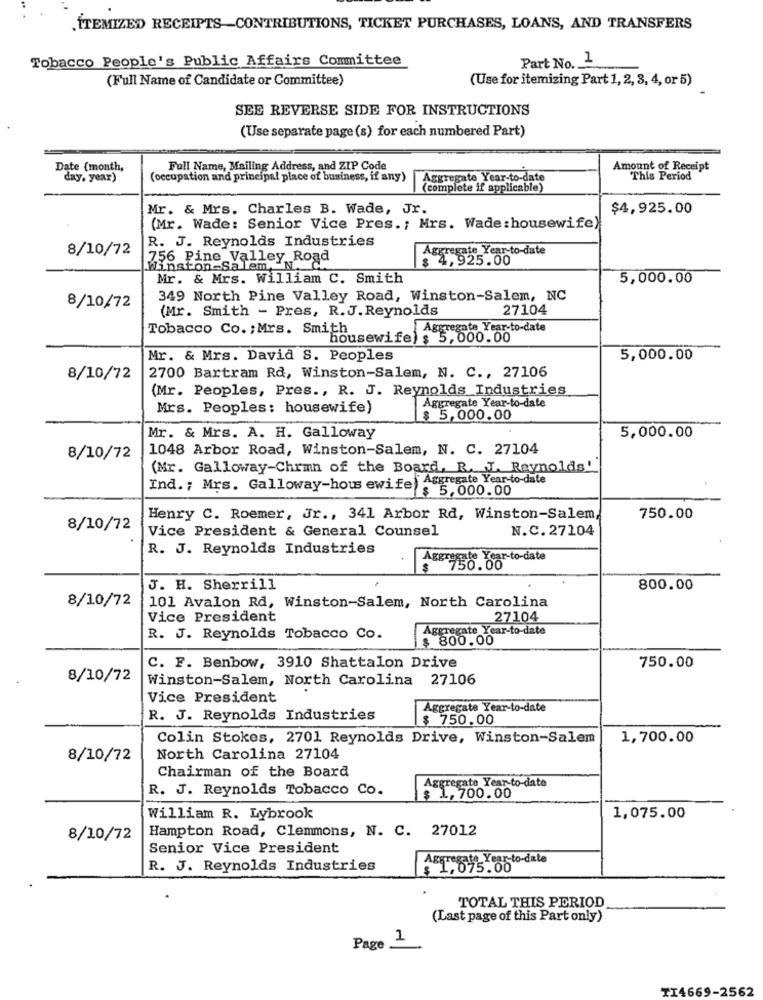
.ITEMIZED RECEIPTS-CONTRIBUTIONS, TICKET PURCHASES, LOANS, AND TRANSFERS
Tobacco People's Public Affairs Committee
Part No. 1
(Full Name of Candidate or Committee)
(Use for itemizing Part 1, 2, 3, 4, or 5)
SEE REVERSE SIDE FOR INSTRUCTIONS
(Use separate page (s) for each numbered Part)
Date (month,
Full Name, Mailing Address, and ZIP Code
Amount of Receipt
day, year)
(occupation and principal place of business, if any)
Aggregate Year-to-date
This Period
(complete if applicable)
Mr. & Mrs. Charles B. Wade, Jr.
$4,925.00
(Mr. Wade: Senior Vice Pres .; Mrs. Wade :housewife)
R. J. Reynolds Industries
8/10/72
Aggregate Year-to-date
756 Pine Valley Road
$ 4,925.00
Winston-Salem, "N.
Mr. & Mrs. William C. Smith
5,000.00
349 North Pine Valley Road, Winston-Salem, NC
8/10/72
(Mr. Smith - Pres, R.J. Reynolds
27104
Tobacco Co. ; Mrs. Smith
Aggregate Year-to-date
housewife) $ 5,000.00
Mr. & Mrs. David S. Peoples
5,000.00
8/10/72
2700 Bartram Rd, Winston-Salem, N. C ., 27106
(Mr. Peoples, Pres ., R. J. Reynolds Industries
Mrs. Peoples: housewife)
Aggregate Year-to-date
$ 5,000.00
Mr. & Mrs. A. H. Galloway
5,000.00
1048 Arbor Road, Winston-Salem, N. C. 27104
8/10/72
(Mr. Galloway-Chrmn of the Board, R. J. Reynolds.
Ind .; Mrs. Galloway-hou ewife) Aggregate Year-to-date
$ 5,000.00
Henry C. Roemer, Jr ., 341 Arbor Rd, Winston-Salem,
750.00
8/10/72
Vice President & General Counsel
N.C. 27104
R. J. Reynolds Industries
Aggrego Sar-to-date
J. H. Sherrill
800.00
8/10/72
101 Avalon Rd, Winston-Salem, North Carolina
Vice President
27104
Aggregate Year-to-date
R. J. Reynolds Tobacco Co.
$ 800.00
C. F. Benbow, 3910 Shattalon Drive
750.00
8/10/72
Winston-Salem, North Carolina 27106
Vice President
Aggregate Year-to-date
R. J. Reynolds Industries
$ 750.00
Colin Stokes, 2701 Reynolds Drive, Winston-Salem
1,700.00
8/10/72
North Carolina 27104
Chairman of the Board
Aggregate Year-to-date
R. J. Reynolds Tobacco Co.
$ 1,700.00
William R. Lybrook
1,075.00
Hampton Road, Clemmons, N. C. 27012
8/10/72
Senior Vice President
Aggregate Year-to-date
R. J. Reynolds Industries
5.00
TOTAL THIS PERIOD
(Last page of this Part only)
1
Page
TI4669-2562